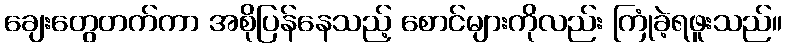
ချေးတွေတက်ကာ အစိုပြန်နေသည့် စောင်များကိုလည်း ကြုံခဲ့ရဖူးသည်။